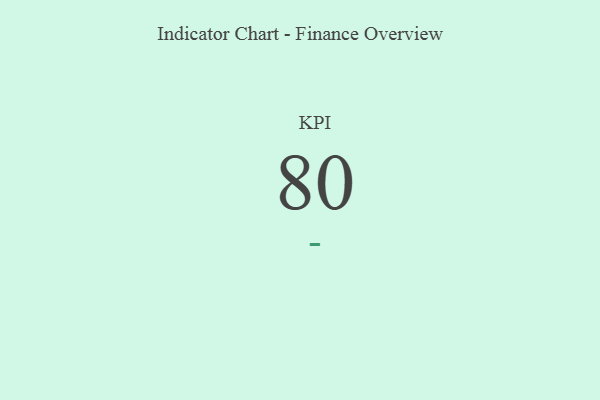
{"axis": {"x": "KPI", "y": "Value"}, "legend": [""], "data": [{"x": "KPI", "y": 80, "type": ""}]}